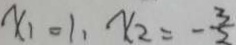
x _ { 1 } = 1 , x _ { 2 } = - \frac { 3 } { 2 }